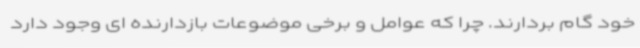
خود گام بردارند. چرا که عوامل و برخی موضوعات بازدارنده ای وجود دارد